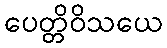
ပေတ္တိဝိသယေ